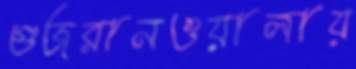
গুজরানওয়ালায়